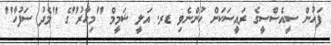
ފަހުން ސީއެސްސީގެ ރައީސަކަށް ހުންނެވި ޑރ. އަލީ ޝަމީމް "މިހާރު"ގެ "މެދު ސަފުހާ"